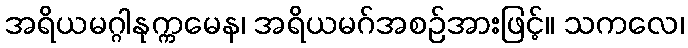
အရိယမဂ္ဂါနုက္ကမေန၊ အရိယမဂ်အစဉ်အားဖြင့်။ သကလေ၊